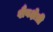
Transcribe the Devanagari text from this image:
शैवक्षेत्री